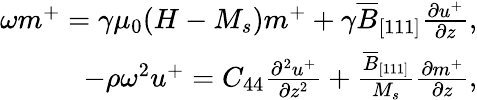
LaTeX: \begin{array}{r}{\omega m^{+}=\gamma\mu_{0}(H-M_{s})m^{+}+\gamma\overline{{B}}_{[111]}\frac{\partial u^{+}}{\partial z},}\\ {-\rho\omega^{2}u^{+}=C_{44}\frac{\partial^{2}u^{+}}{\partial z^{2}}+\frac{\overline{{B}}_{[111]}}{M_{s}}\frac{\partial m^{+}}{\partial z},}\end{array}